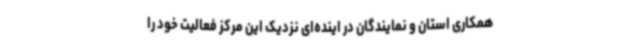
همکاری استان و نمایندگان در اینده‌ای نزدیک این مرکز فعالیت خود را